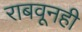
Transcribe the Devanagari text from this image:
राबवूनही